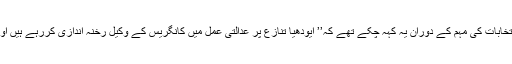
حالانکہ وہ اس سے قبل گزشتہ ماہ اسمبلی انتخابات کی مہم کے دوران یہ کہہ چکے تھے کہ’’ ایودھیا تنازع پر عدالتی عمل میں کانگریس کے وکیل رخنہ اندازی کررہے ہیں اور وہ نہیں چاہتے کہ یہ معاملہ جلد فیصل ہو۔